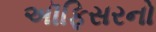
અૉફિસરનો